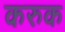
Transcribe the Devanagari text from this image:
करुक